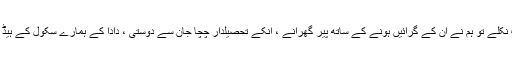
ناصر ہاشمی انکے ماتحت اور پسندیدہ سٹاف نکلے تو ہم نے ان کے گرائیں ہونے کے ساتھ پیر گھرانے ، انکے تحصیلدار چچا جان سے دوستی ، دادا کے ہمارے سکول کے ہیڈ ماسٹر رہنے تک سب معلومات بیان کر دیں۔